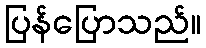
ပြန်ပြောသည်။